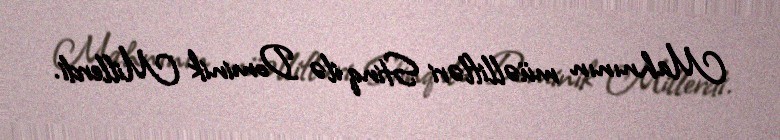
Mahnının müəllifləri Stinq ilə Dominik Millerdi.